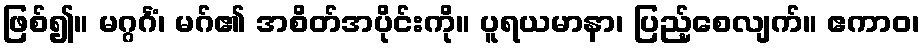
ဖြစ်၍။ မဂ္ဂင်္ဂံ၊ မဂ်၏ အစိတ်အပိုင်းကို။ ပူရယမာနာ၊ ပြည့်စေလျက်။ ဧကာဝ၊